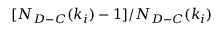
[ N _ { D - C } ( k _ { i } ) - 1 ] / N _ { D - C } ( k _ { i } )